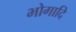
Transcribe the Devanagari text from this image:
भोगादि